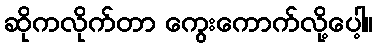
ဆိုကလိုက်တာ ကွေးကောက်လို့ပေါ့။